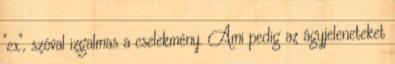
"ex", szóval izgalmas a cselekmény. Ami pedig az ágyjeleneteket